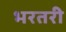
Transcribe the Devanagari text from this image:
भरतरी